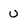
Character: U